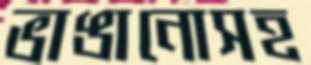
ভাঙানোসহ